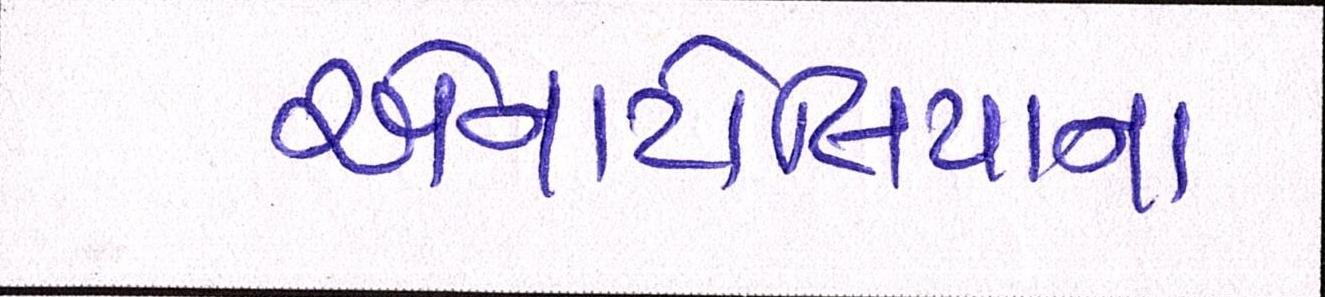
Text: એનાટોલિયાના